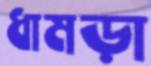
ধামড়া